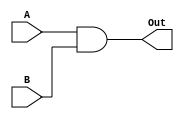
`timescale 1ns / 1ps
//////////////////////////////////////////////////////////////////////////////////
// Company: 
// Engineer: 
// 
// Design Name: 
// Module Name: AND
// Project Name: 
// Target Devices: 
// Tool Versions: 
// Description: 
// 
// Dependencies: 
// 
// Revision:
// Revision 0.01 - File Created
// Additional Comments:
// 
//////////////////////////////////////////////////////////////////////////////////


module AND( A, B, Out);
input A;
input B;
output Out;

assign Out = A&&B;

endmodule